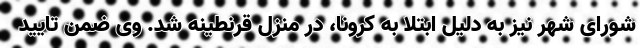
شورای شهر نیز به دلیل ابتلا به کرونا، در منزل قرنطینه شد. وی ضمن تایید